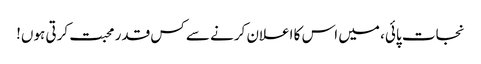
نجات پائی، میں اس کا اعلان کرنے سے کس قدر محبت کرتی ہوں!